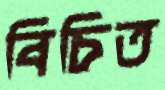
বিচিত